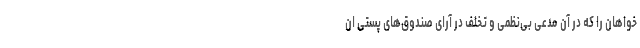
‌خواهان را که در آن مدعی بی‌نظمی و تخلف در آرای صندوق‌های پستی ان